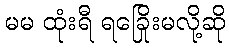
မမ ထုံးရီ ရခြေိုးမလို့ဆို